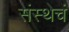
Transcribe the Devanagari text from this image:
संस्थेचं